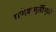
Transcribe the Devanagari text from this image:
गणेशमूर्तीमुळे